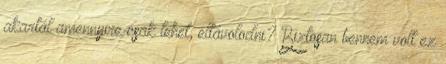
akartál amennyire csak lehet, eltávolodni? Biztosan bennem volt ez